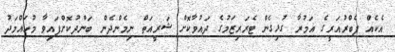
އެކެއް ފެބްރުއަރީގެ އަމުރާ ގުޅިގެން ޓެރަރިޒަމުގެ ދައުވާކޮށް ޝަރީއަތް ނިމެންދެން ބަންދުކޮށްފައިވާ މުހައްމަދު